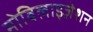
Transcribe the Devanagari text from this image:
मोबिलाइज़ेशन